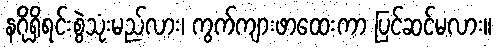
နဂိုရှိရင်းစွဲသုံးမည်လား၊ ကွက်ကျားဖာထေးကာ ပြင်ဆင်မလား။